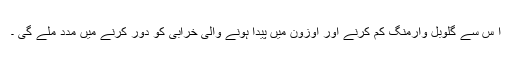
ا س سے گلوبل وارمنگ کم کرنے اور اوزون میں پیدا ہونے والی خرابی کو دور کرنے میں مدد ملے گی ۔